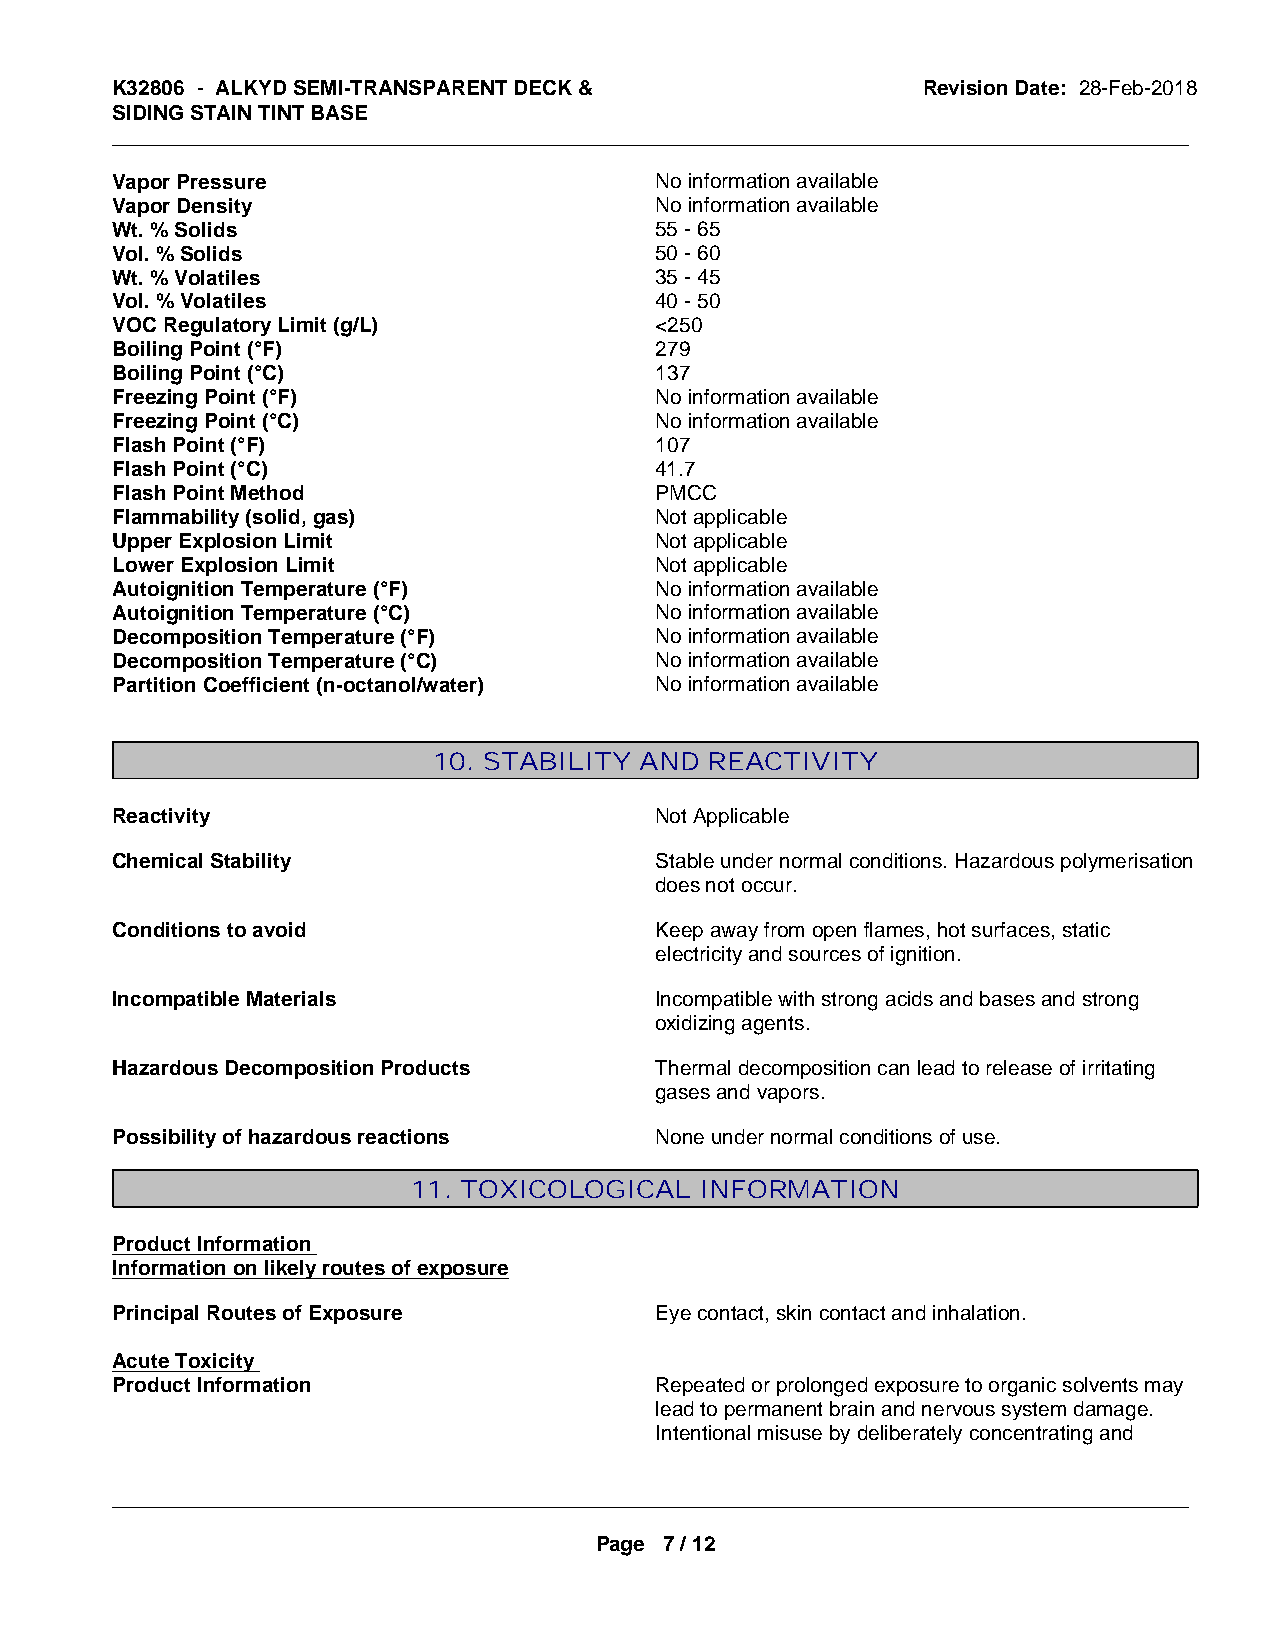
K32806 - ALKYD SEMI-TRANSPARENT DECK &                Revision Date: 28-Feb-2018
 SIDING STAIN TINT BASE
 _____________________________________________________________________________________________
 Vapor Pressure                      No information available
 Vapor Density                       No information available
 Wt. % Solids                        55 - 65
 Vol. % Solids                       50 - 60
 Wt. % Volatiles                     35 - 45
 Vol. % Volatiles                    40 - 50
 VOC Regulatory Limit (g/L)          <250
 Boiling Point (°F)                  279
 Boiling Point (°C)                  137
 Freezing Point (°F)                 No information available
 Freezing Point (°C)                 No information available
 Flash Point (°F)                    107
 Flash Point (°C)                    41.7
 Flash Point Method                  PMCC
 Flammability (solid, gas)           Not applicable
 Upper Explosion Limit               Not applicable
 Lower Explosion Limit               Not applicable
 Autoignition Temperature (°F)       No information available
 Autoignition Temperature (°C)       No information available
 Decomposition Temperature (°F)      No information available
 Decomposition Temperature (°C)      No information available
 Partition Coefficient (n-octanol/water) No information available
 10. STABILITY AND REACTIVITY
 Reactivity                          Not Applicable
 Chemical Stability                  Stable under normal conditions. Hazardous polymerisation
 does not occur.
 Conditions to avoid                 Keep away from open flames, hot surfaces, static
 electricity and sources of ignition.
 Incompatible Materials              Incompatible with strong acids and bases and strong
 oxidizing agents.
 Hazardous Decomposition Products    Thermal decomposition can lead to release of irritating
 gases and vapors.
 Possibility of hazardous reactions  None under normal conditions of use.
 11. TOXICOLOGICAL  INFORMATION
 Product Information
 Information on likely routes of exposure
 Principal Routes of Exposure        Eye contact, skin contact and inhalation.
 Acute Toxicity
 Product Information                 Repeated or prolonged exposure to organic solvents may
 lead to permanent brain and nervous system damage.
 Intentional misuse by deliberately concentrating and
 _____________________________________________________________________________________________
 Page 7 / 12